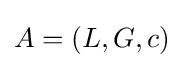
A=(L,G,c)